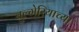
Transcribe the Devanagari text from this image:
बुल्गेरियाच्या